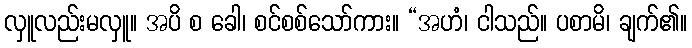
လှူလည်းမလှူ။ အပိ စ ခေါ၊ စင်စစ်သော်ကား။ “အဟံ၊ ငါသည်။ ပစာမိ၊ ချက်၏။